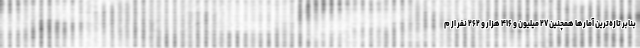
بنابر تازه‌ترین آمارها همچنین ۲۷ میلیون و ۴۱۶ هزار و ۲۶۲ نفر از م